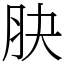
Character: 䏐